Annual report on the working of the lock hospitals in the North-Western Provinces and Oudh
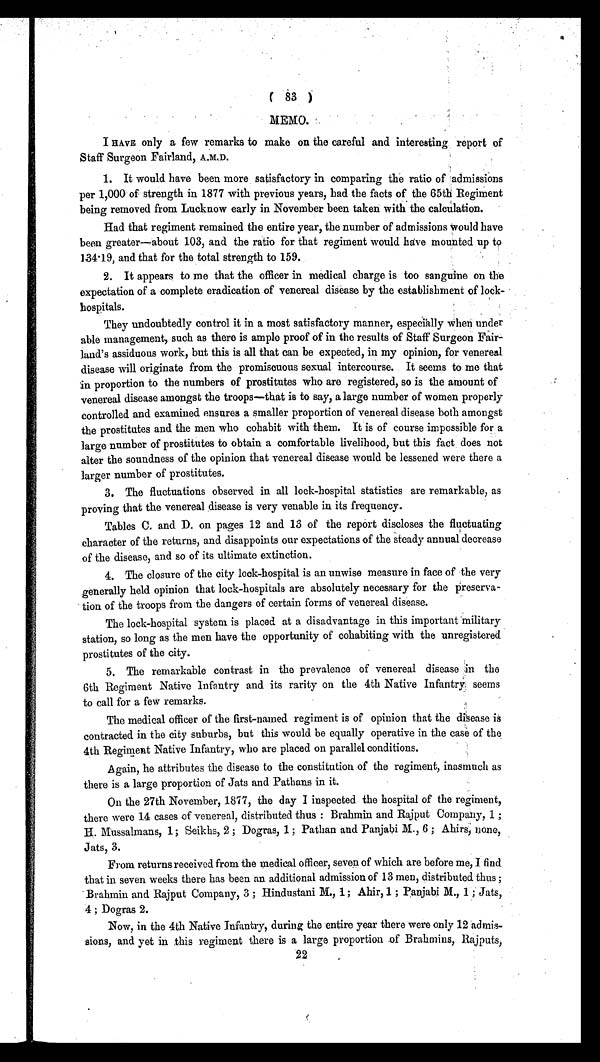
(
83
)
MEMO.
I HAVE only a few remarks to make on the careful and interesting report of
Staff Surgeon Fairland, A.M.D.
1. It would have been more satisfactory in comparing the ratio of admissions
per 1,000 of strength in 1877 with previous years, had the facts of the 65th Regiment
being removed from Lucknow early in November been taken with the calculation.
Had that regiment remained the entire year, the number of admissions would have
been greater—about 103, and the ratio for that regiment would have mounted up to
134.19, and that for the total strength to 159.
2. It appears to me that the officer in medical charge is too sanguine on the
expectation of a complete eradication of venereal disease by the establishment of lock-
hospitals.
They undoubtedly control it in a most satisfactory manner, especially when under
able management, such as there is ample proof of in the results of Staff Surgeon Fair-
land's assiduous work, but this is all that can be expected, in my opinion, for venereal
disease will originate from the promiscuous sexual intercourse. It seems to me that
in proportion to the numbers of prostitutes who are registered, so is the amount of
venereal disease amongst the troops—that is to say, a large number of women properly
controlled and examined ensures a smaller proportion of venereal disease both amongst
the prostitutes and the men who cohabit with them. It is of course impossible for a
large number of prostitutes to obtain a comfortable livelihood, but this fact does not
alter the soundness of the opinion that venereal disease would be lessened were there a
larger number of prostitutes.
3. The fluctuations observed in all lock-hospital statistics are remarkable, as
proving that the venereal disease is very venable in its frequency.
Tables C. and D. on pages 12 and 13 of the report discloses the fluctuating
character of the returns, and disappoints our expectations of the steady annual decrease
of the disease, and so of its ultimate extinction.
4. The closure of the city lock-hospital is an unwise measure in face of the very
generally held opinion that lock-hospitals are absolutely necessary for the preserva-
tion of the troops from the dangers of certain forms of venereal disease.
The lock-hospital system is placed at a disadvantage in this important military
station, so long as the men have the opportunity of cohabiting with the unregistered
prostitutes of the city.
5. The remarkable contrast in the prevalence of venereal disease in the
6 t h R e g i m e n t N a t i v e i n f a n t r y a n d i t s r a r i t y o n t h e 4 t h N a t i v e I n f a n t r y s e e m s
to call for a few remarks.
The medical officer of the first-named regiment is of opinion that the disease is
contracted in the city suburbs, but this would be equally operative in the case of the
4th Regiment Native Infantry, who are placed on parallel conditions.
Again, he attributes the disease to the constitution of the regiment, inasmuch as
there is a large proportion of Jats and Pathans in it.
On the 27th November, 1877, the day I inspected the hospital of the regiment,
there were 14 cases of venereal, distributed thus : Brahmin and Rajput Company, 1 ;
H. Mussalmans, 1; Seikhs, 2 ; Dogras, 1; Pathan and Panjabi M., 6 ; Ahirs, none,
Jats, 3.
From returns received from the medical officer, seven of which are before me, I find
that in seven weeks there has been an additional admission of 13 men, distributed thus ;
Brahmin and Rajput Company, 3 ; Hindustani M., 1; Ahir, 1 ; Panjabi M., 1 ; Jats,
4 ; Dogras 2.
Now, in the 4th Native Infantry, during the entire year there were only 12 admis-
sions, and yet in this regiment there is a large proportion of Brahmins, Rajputs,
22